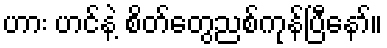
ဟား ဟင်နဲ့ စိတ်တွေညစ်ကုန်ပြီနော်။